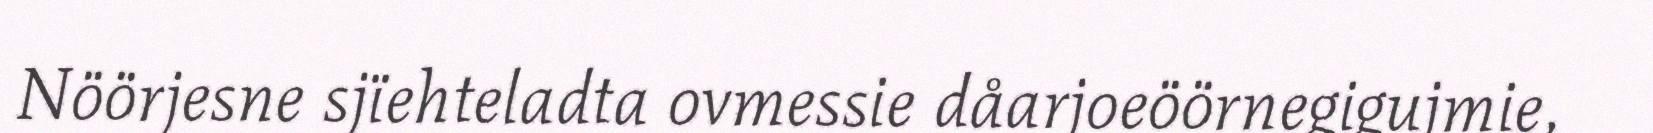
Nöörjesne sjïehteladta ovmessie dåarjoeöörnegigujmie,